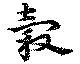
穀